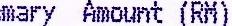
MARY AMOUNT (RM)